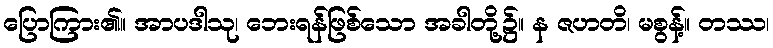
ပြောကြား၏။ အာပဒါသု၊ ဘေးရန်ဖြစ်သော အခါတို့၌။ န ဇဟတိ၊ မစွန့်။ တဿ၊